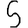
Digit: 5